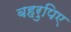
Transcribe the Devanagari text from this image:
बहरुपिए